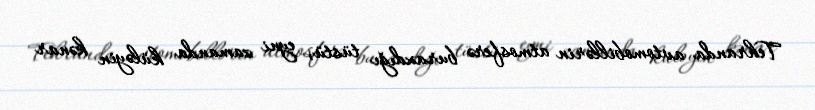
Tehranda avtomobillərin atmosferə buraxdığı tüstü, eyni zamanda küləyin kənar